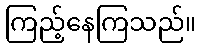
ကြည့်နေကြသည်။